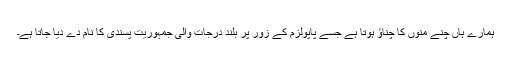
ہمارے ہاں چنے منوں کا چناؤ ہوتا ہے جسے پاپولزم کے زور پر بلند درجات والی جمہوریت پسندی کا نام دے دیا جاتا ہے۔